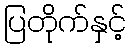
ပြတိုက်နှင့်